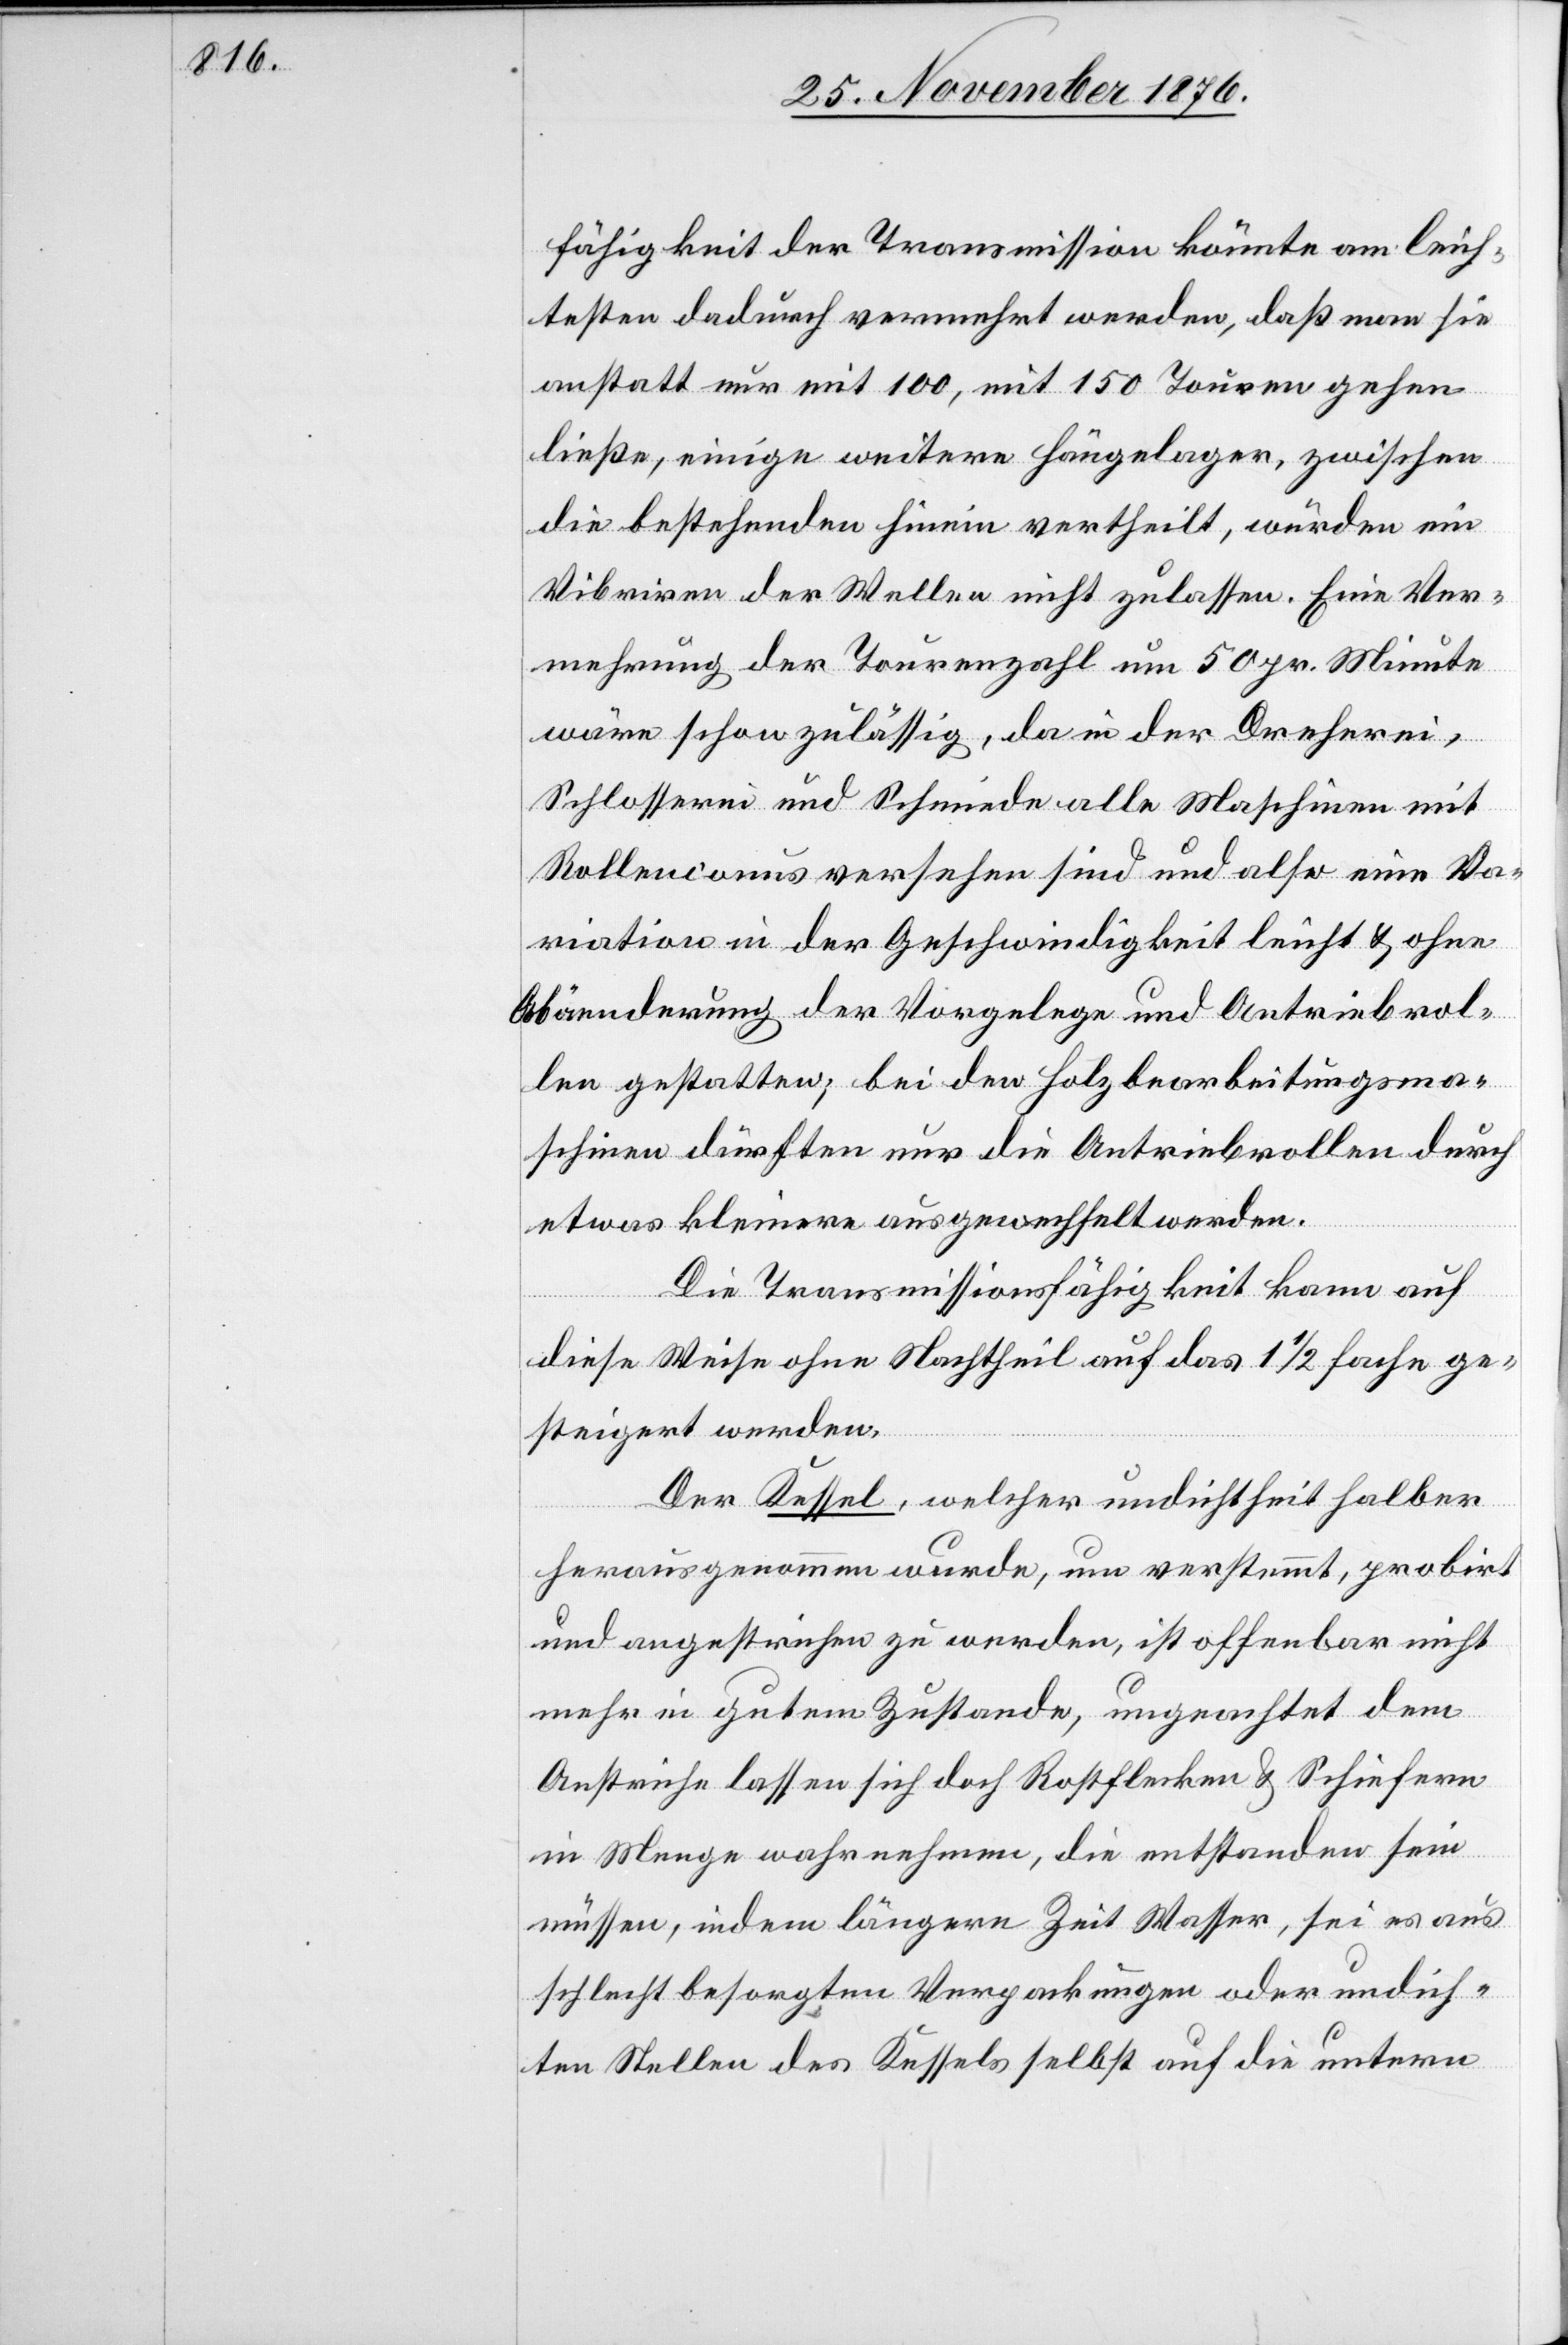
fähigkeit der Transmission könnte am leich¬
testen dadurch vermehrt werden, daß man sie
anstatt nur mit 100, mit 150 Touren gehen
ließe, einige weitere Hängelager, zwischen
die bestehenden Linien vertheilt, würden ein
Vibriren der Wellen nicht zulassen. Eine Ver¬
mehrung der Tourenzahl um 50 pr. Minute
wäre schon zulässig, da in der Dreherei,
Schlosserei und Schmiede alle Maschinen mit
Rolencours versehen sind und also eine Va¬
riation in der Geschwindigkeit leicht & ohne
Abänderung der Vorgelege und Antriebsrol¬
len gestatten; bei den Holzbearbeitungsma¬
schinen dürften nur die Antriebsrollen durch
etwas kleinere ausgewechselt werden.
Die Transmissionsfähigkeit kann auf
diese Weise ohne Nachtheil auf das 1 1/2 fache ge¬
steigert werden.
Der Kessel, welcher Undichtheit halber
herausgenommen wurde, um verstemmt, probirt
und angestrichen zu werden, ist offenbar nicht
mehr in gutem Zustande, ungeachtet dem
Anstriche lassen sich doch Rostflecken & Schliefern
in Menge wahrnehmen, die entstanden sein
müssen, indem längere Zeit Wasser, sei es aus
schlecht besorgten Verpackungen oder undich¬
ten Stellen des Kessels selbst auf die untern